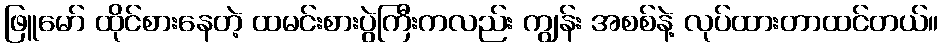
ဖြူမော် ထိုင်စားနေတဲ့ ထမင်းစားပွဲကြီးကလည်း ကျွန်း အစစ်နဲ့ လုပ်ထားတာထင်တယ်။